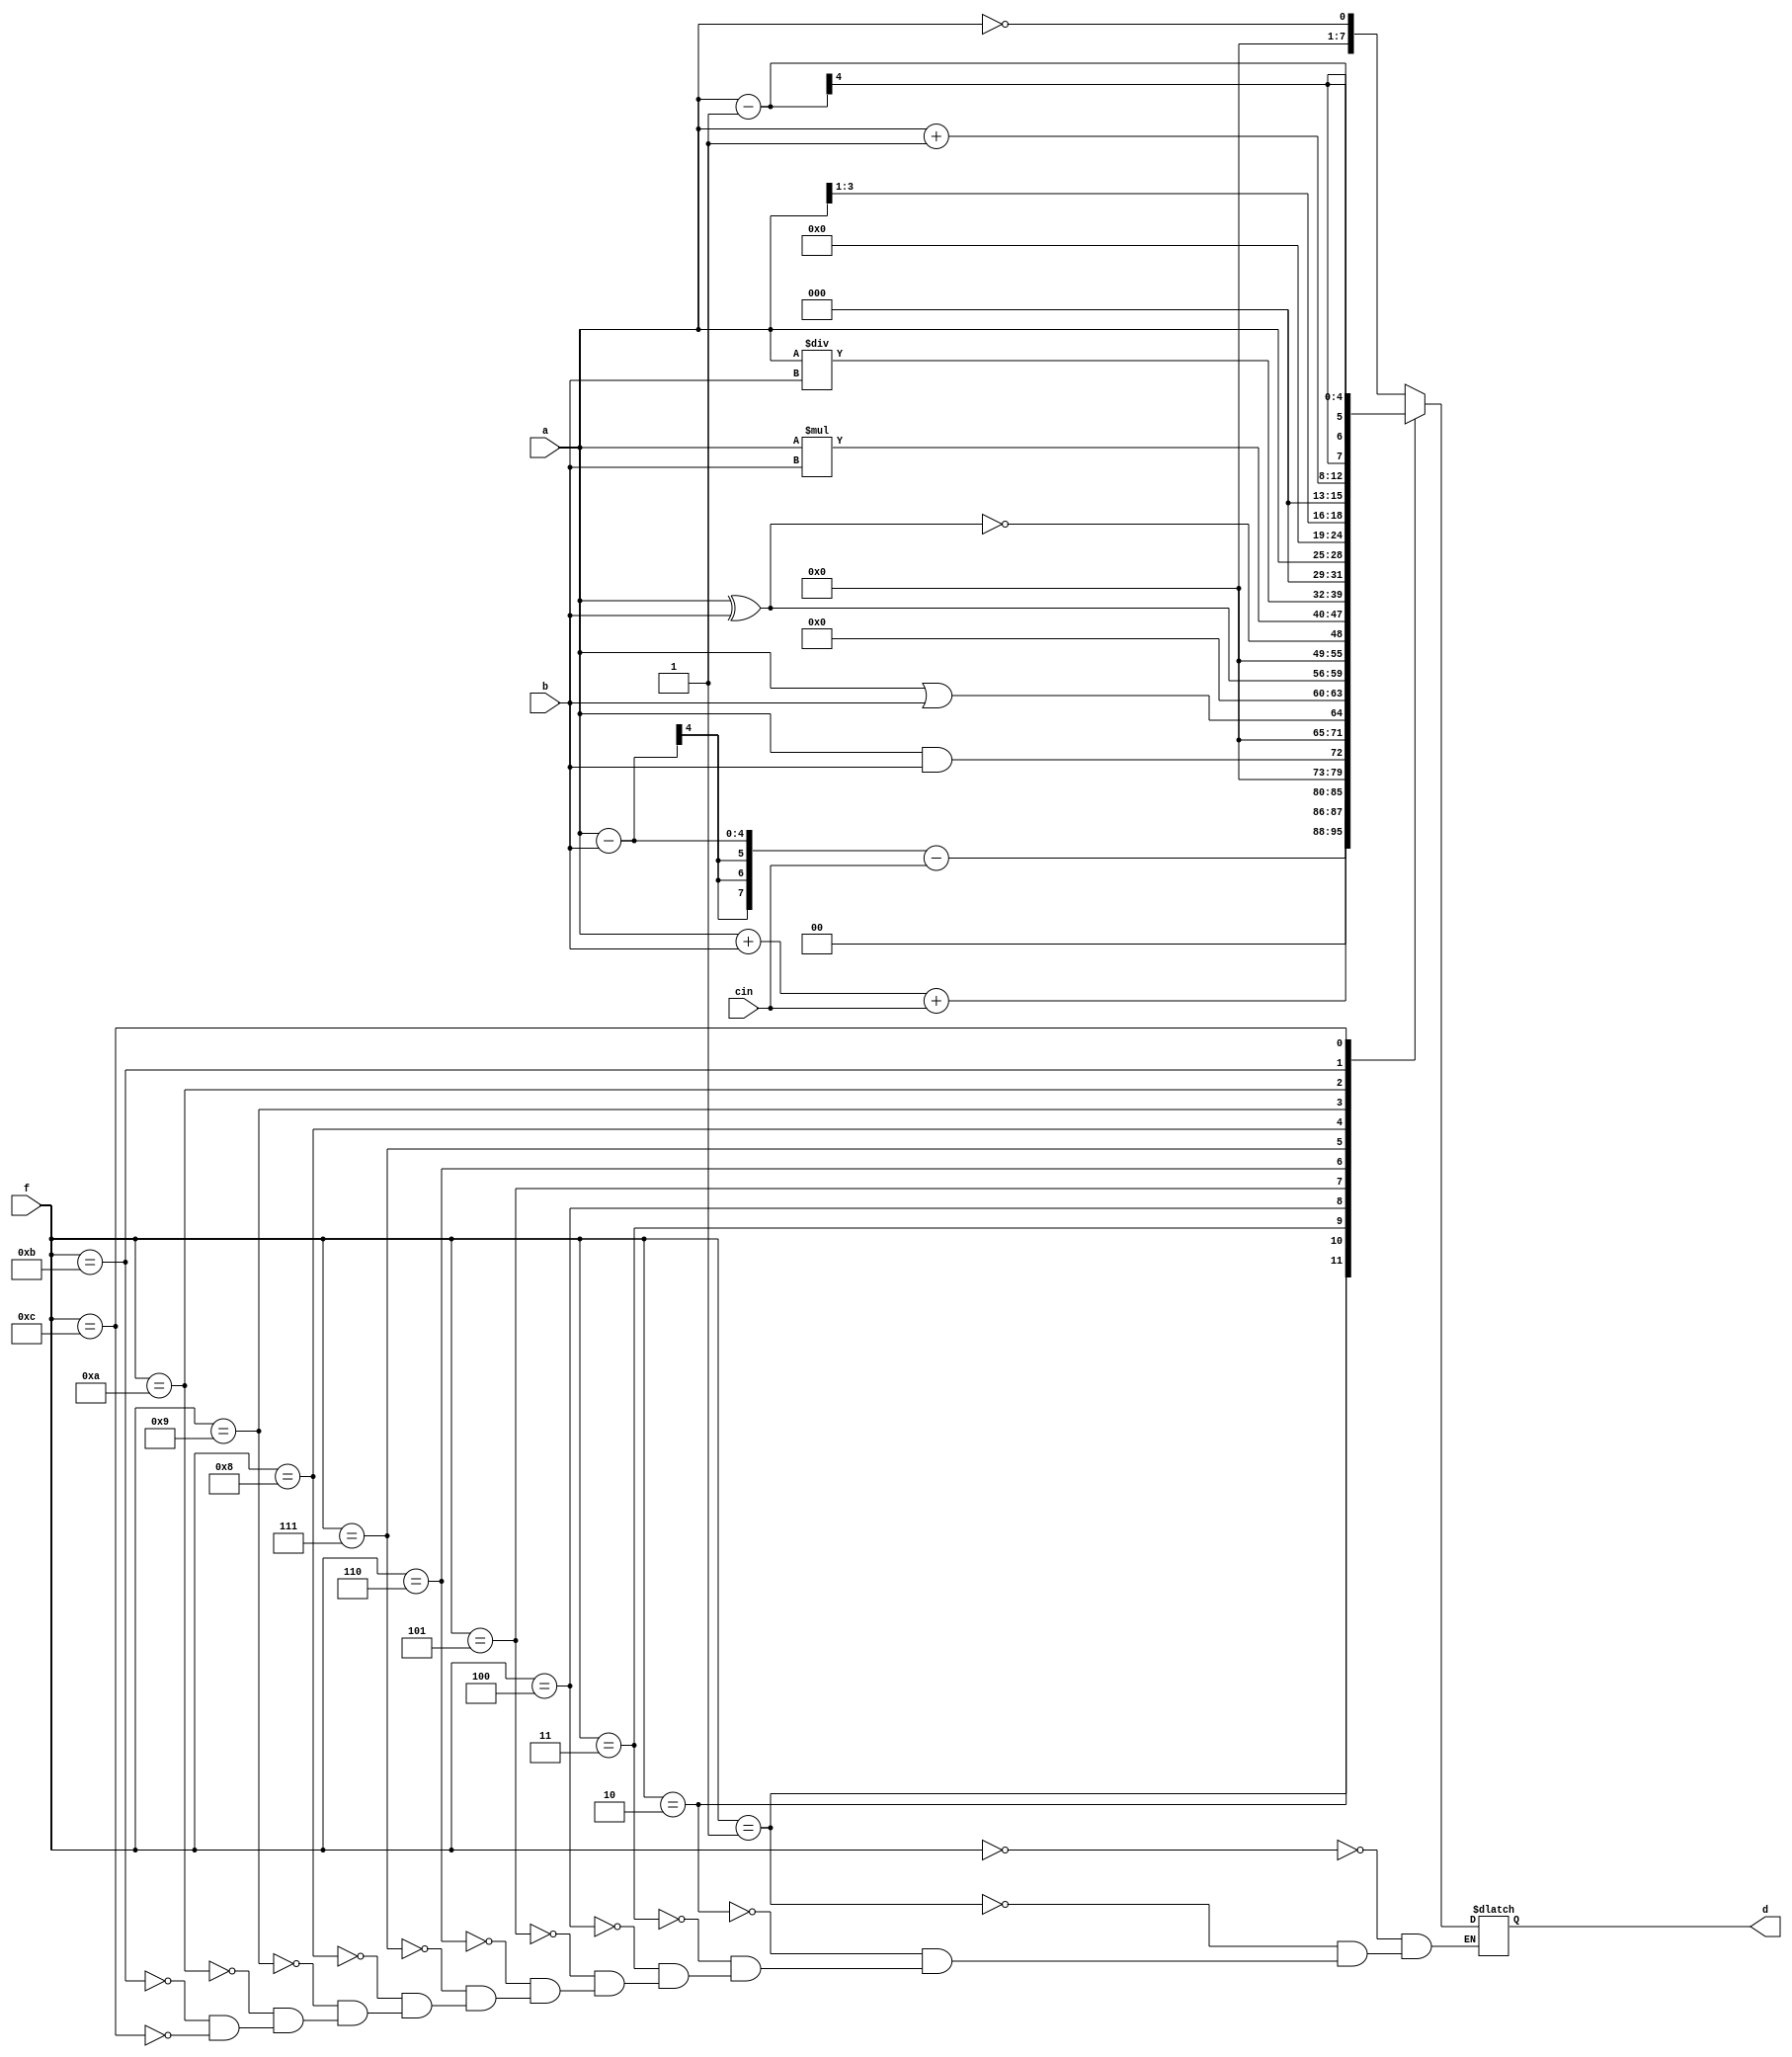
`timescale 1ns / 1ps
//////////////////////////////////////////////////////////////////////////////////
// Company: 
// Engineer: 
// 
// Design Name: 
// Module Name: Alu_4_bit
// Project Name: 
// Target Devices: 
// Tool Versions: 
// Description: 
// 
// Dependencies: 
// 
// Revision:
// Revision 0.01 - File Created
// Additional Comments:
// 
//////////////////////////////////////////////////////////////////////////////////


module Alu_4_bit(d,a,b,cin,f);
    
    //inputs
    input cin;
    input [3:0]a,b;
    input [3:0]f;//selector
    
    //outputs
    output [7:0]d;
    reg [7:0]d;
    
    //design by behaivoural modelling
    always@(f,a,b,cin)//always is used to contain all the procedural statements
    begin
        case(f)
           
            4'b0000://0 not
                     d=!a;
            4'b0001://1 subtraction 
                    d=a-b-cin;
            4'b0010://2 addition 
                    d=a+b+cin;
            4'b0011://3 and 
                    d=a&&b;
            4'b0100://4 or 
                    d=a||b;
            4'b0101://5 xor 
                    d=a^b;
            4'b0110: //6 xnor
                    d=!(a^b);
            4'b0111://7 multipication
                     d=a*b;
            4'b1000://8 division
                    d=a/b;
            4'b1001://9 left shift
                    d=a<<1;
            4'b1010://10 right shift
                     d=a>>1;
            4'b1011://11 increament
                     d=a+1;
            4'b1100://12 decreament
                     d=a-1;
        
        
        endcase
    end
    
endmodule